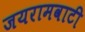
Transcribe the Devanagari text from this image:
जयरामवाटी